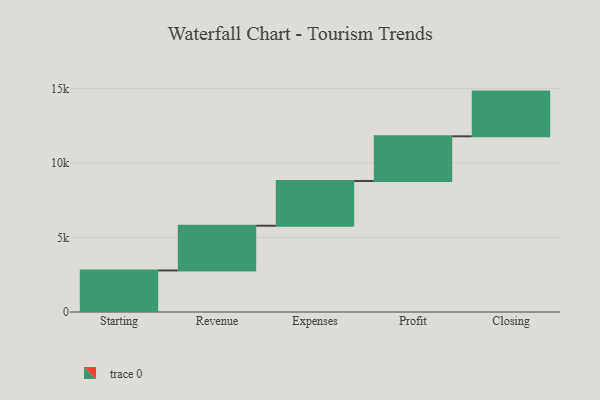
{"axis": {"x": "Step", "y": "Value"}, "legend": [""], "data": [{"x": "Starting", "y": 2787.0, "type": ""}, {"x": "Revenue", "y": 3000, "type": ""}, {"x": "Expenses", "y": 3000, "type": ""}, {"x": "Profit", "y": 3000, "type": ""}, {"x": "Closing", "y": 3000, "type": ""}]}